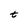
Character: t